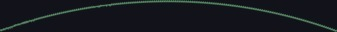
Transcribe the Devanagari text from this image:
ग्रिर्फोइगोदुय्दुग्दुएओगिसोद्त्घ्दीईईईईइगोफुसूऔऔऔऔऔऔऔऔऔऔऔऔऔऔऔऔऔऔऔऔऔऔऔऔऔऔऔऔओइरुफ्गुइस्ग्फिस्ग्फुय्ग्क्षुऔऔऔऔऔऔऔऔऔऔऔऔऔऔऔऔऔऔऔऔऔऔऔऔऔऔऔऔऔऔऔऔऔऔऔऔऔऔऔऔऔऔऔऔऔऔऔऔऔऔऔऔऔऔऔऔऔऔऔऔऔऔऔऔऔऔऔऔऔऔऔऔऔऔऔऔऔऔऔऔऔऔऔऔऔऔऔऔऔऔऔऔऔऔऔऔऔऔऔऔऔऔऔऔऔऔऔऔ